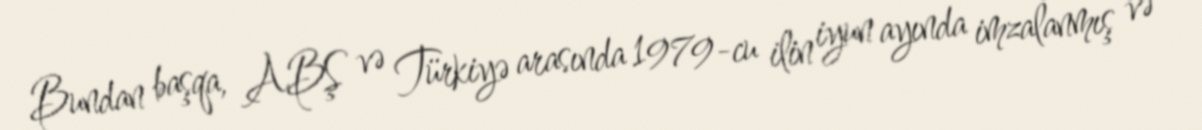
Bundan başqa, ABŞ və Türkiyə arasında 1979-cu ilin iyun ayında imzalanmış və